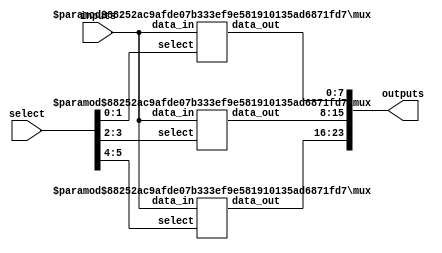
module crossbar_switch #(
    parameter N = 3, // Number of inputs/outputs. It is parameterized to make the design scalable
    parameter WIDTH = 8 // Data width
)(
    input wire [N*WIDTH-1:0] inputs, // Concatenated input data
    input wire [N*$clog2(N)-1:0] select, // Control signals for each output
    output wire [N*WIDTH-1:0] outputs // Concatenated output data
);

// Generate block to instantiate the multiplexers
genvar i;
generate
    for (i = 0; i < N; i = i + 1) begin : gen_mux
        // Select lines for each multiplexer
        wire [$clog2(N)-1:0] sel = select[i*$clog2(N)+:$clog2(N)]; // 
        // Multiplexer for connecting any input to the ith output
        mux #( .WIDTH(WIDTH), .N(N) ) mux_i (
            .data_in(inputs),
            .select(sel),
            .data_out(outputs[i*WIDTH+:WIDTH])
        );
    end
endgenerate

endmodule

// Multiplexer module
module mux #(
    parameter WIDTH = 8, // Data width
    parameter N = 3 // Number of inputs
)(
    input wire [N*WIDTH-1:0] data_in, // Concatenated input data
    input wire [$clog2(N)-1:0] select, // Selection line 
    output wire [WIDTH-1:0] data_out // Output data
);

assign data_out = data_in[select*WIDTH+:WIDTH];

endmodule